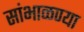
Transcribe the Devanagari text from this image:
सांभाळण्या